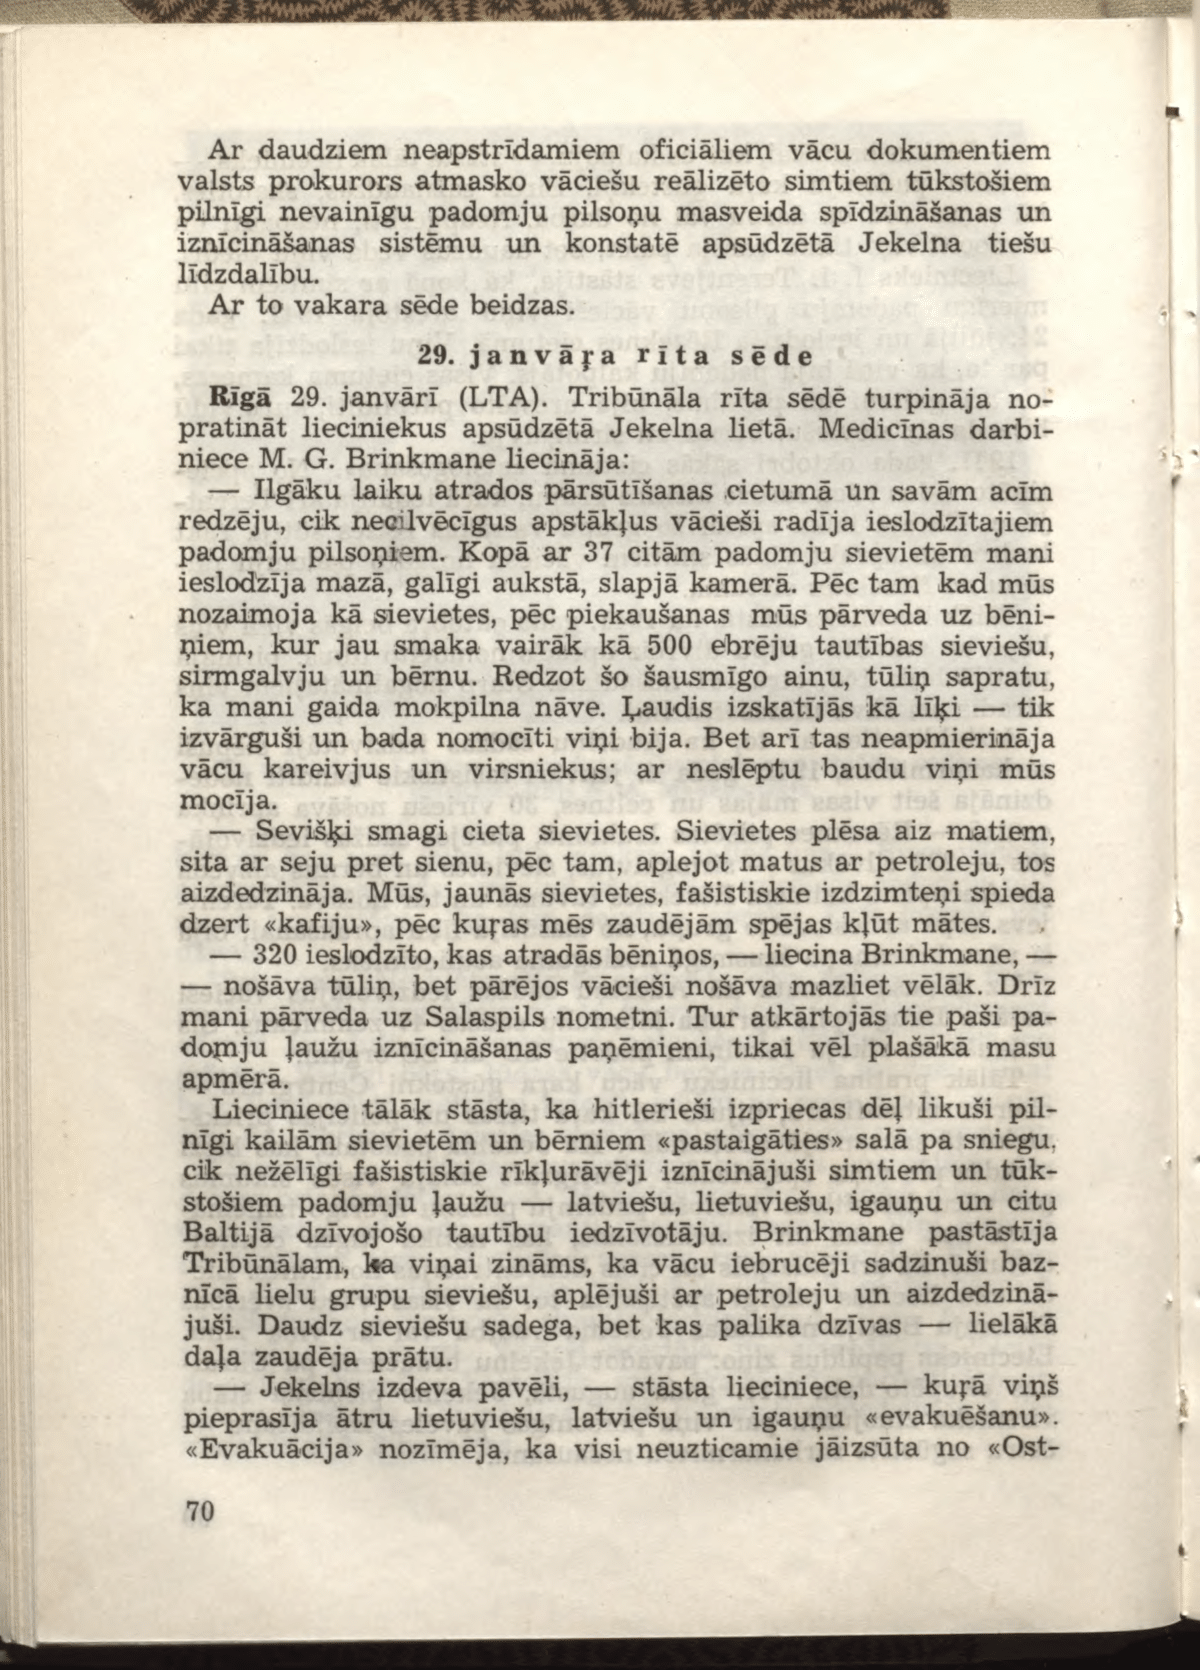
Language: lv